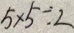
5 \times 5 \div 2